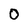
Character: 0